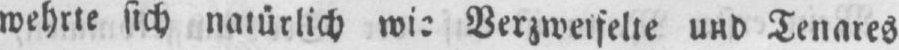
Verzweifelte und Tenares